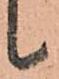
候